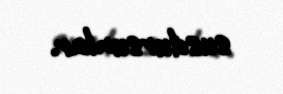
susdursunlar.